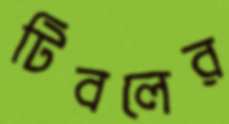
টিবলের